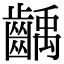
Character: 齲